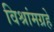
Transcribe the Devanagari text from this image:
विश्रांमग्रहे